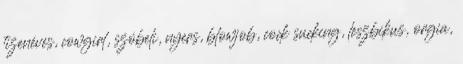
tizenéves, cowgirl, szóbeli, nyers, blowjob, cock sucking, leszbikus, orgia,